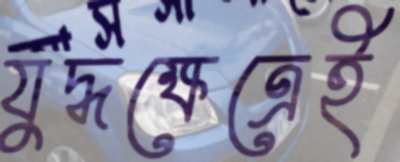
যুদ্ধক্ষেত্রেই